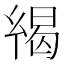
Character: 𢇋